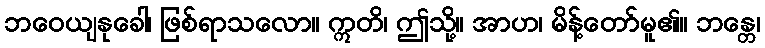
ဘဝေယျနုခေါ၊ ဖြစ်ရာသလော။ ဣတိ၊ ဤသို့။ အာဟ၊ မိန့်တော်မူ၏။ ဘန္တေ၊